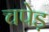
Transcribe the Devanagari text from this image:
चपेड़